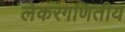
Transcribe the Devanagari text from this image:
लेकरगणितीय